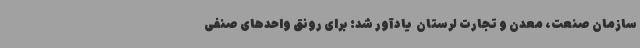
سازمان صنعت، معدن و تجارت لرستان ‌ یادآور شد: برای رونق واحدهای صنفی